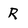
Character: R